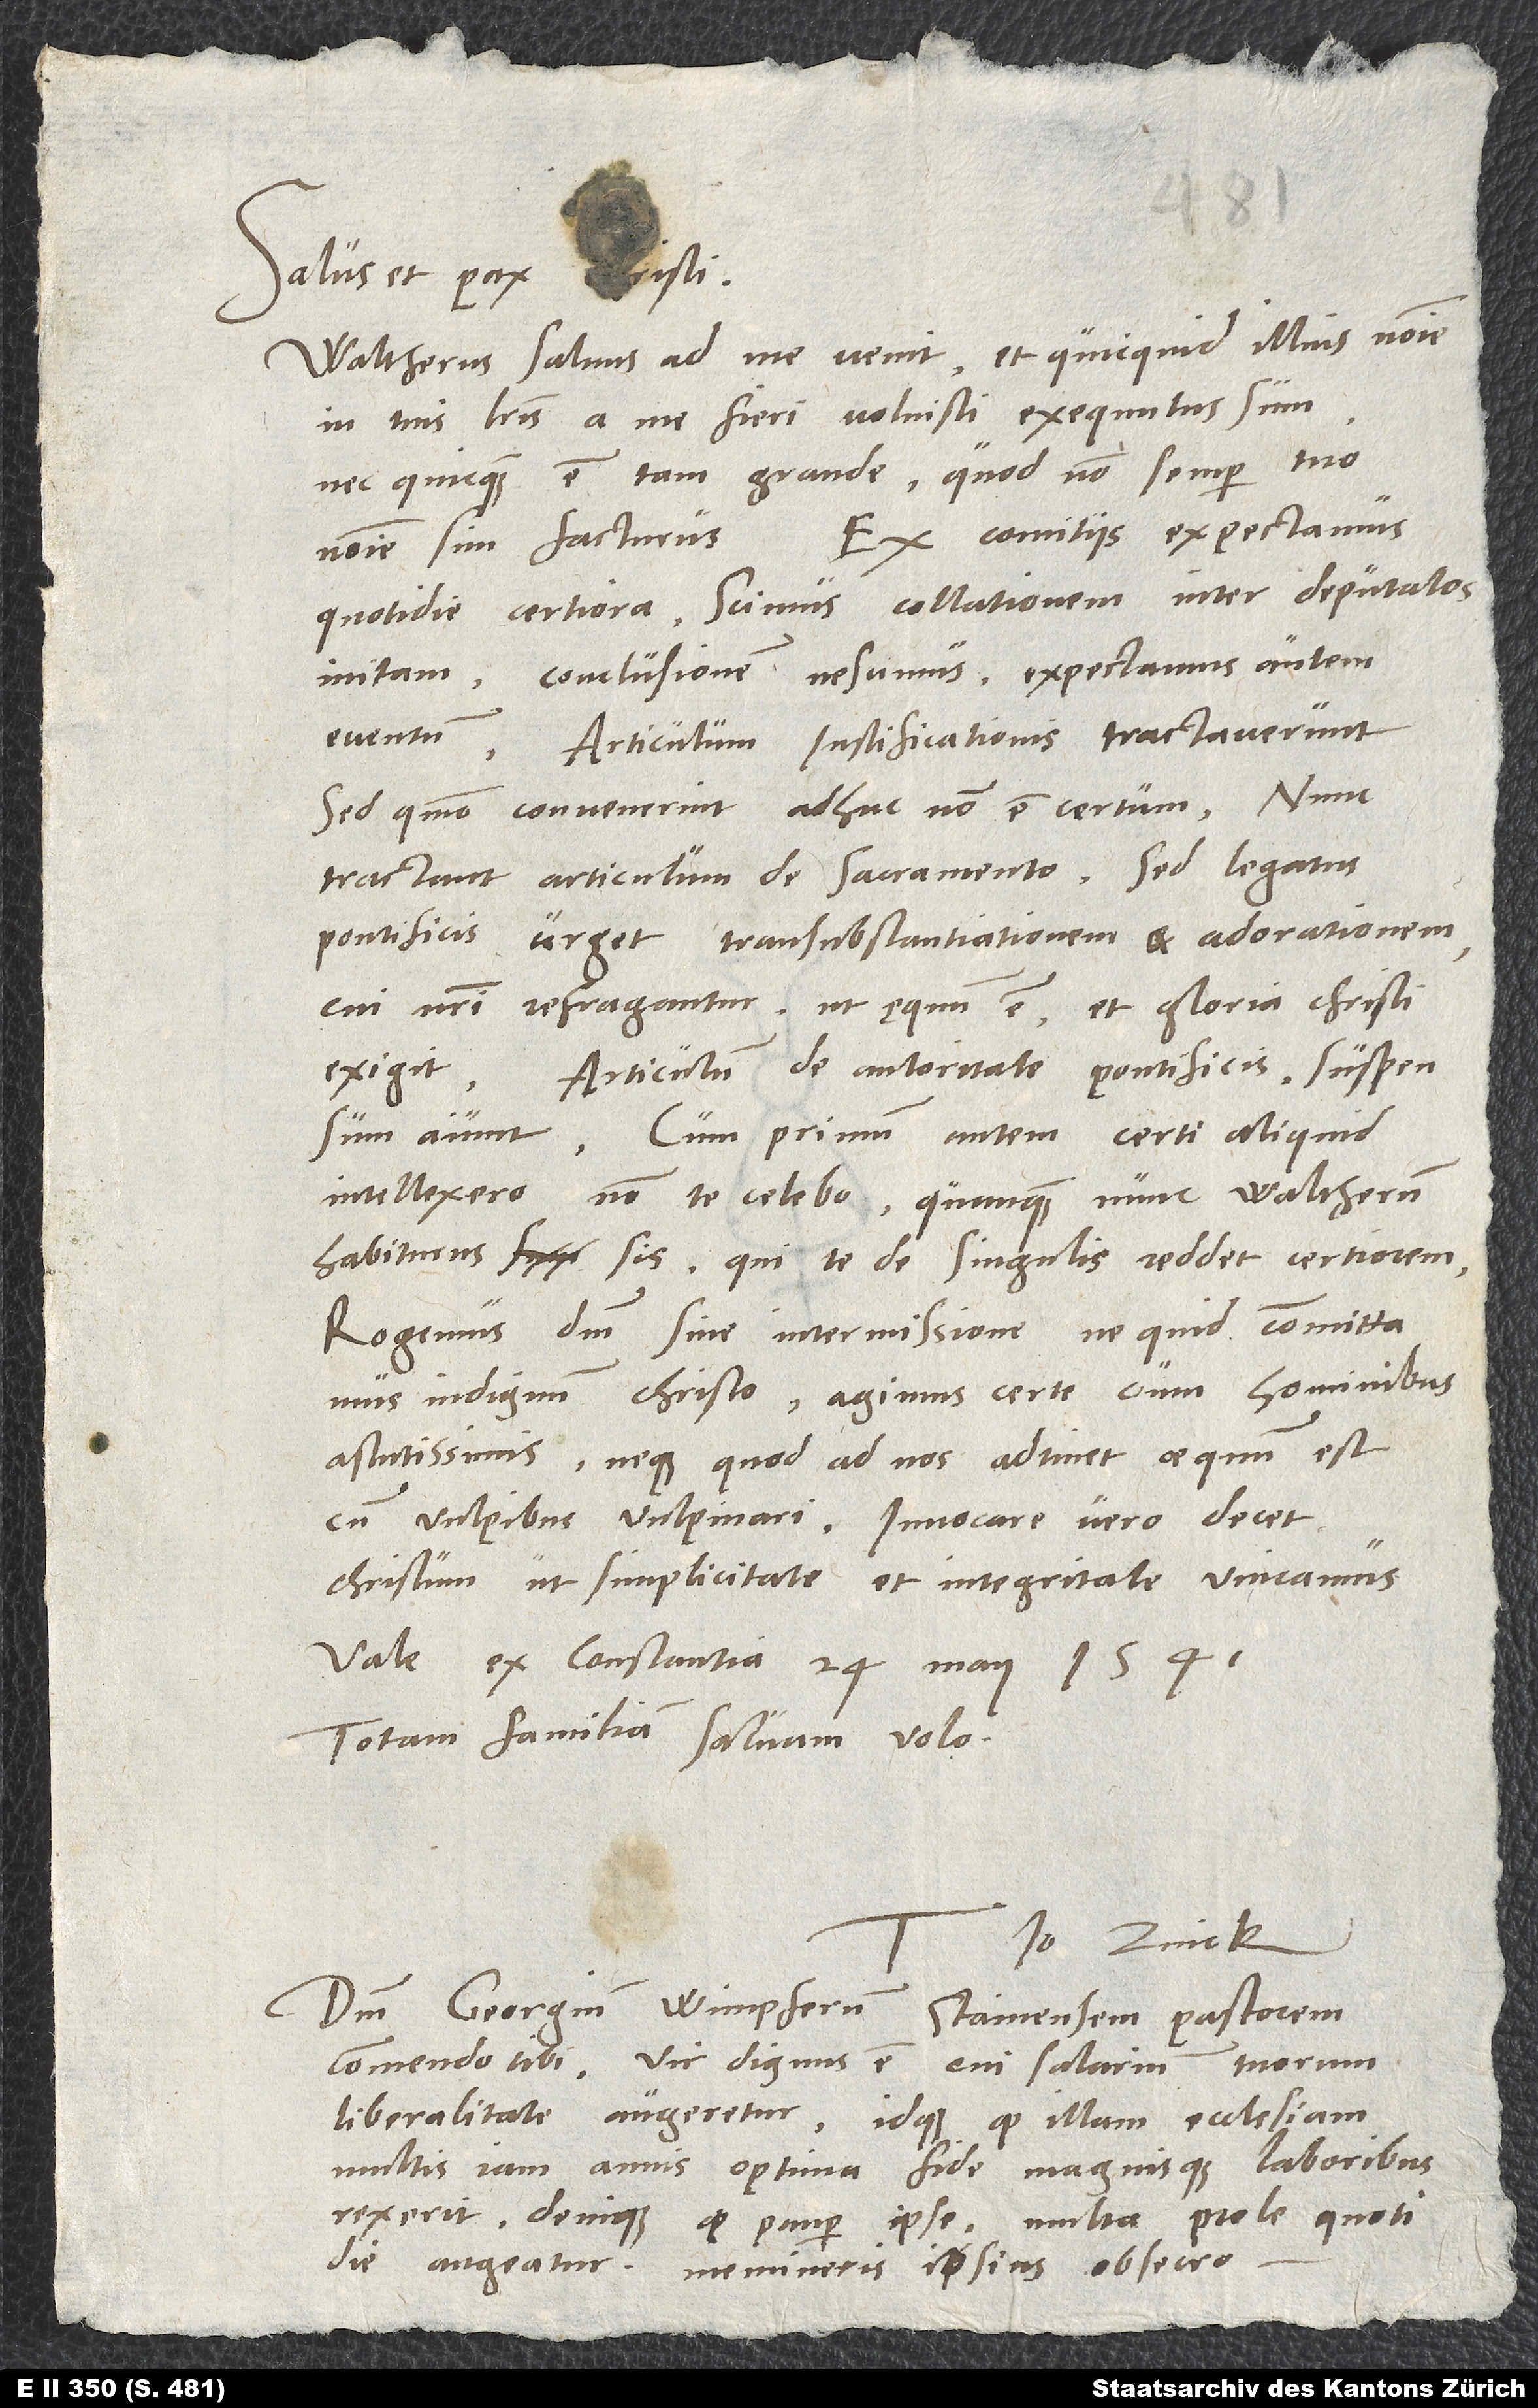
Waltherus salvus ad me venit, et quicquid illius nomine
in tuis literis a me fieri voluisti, exequutus sum,
nec quicquam est tam grande, quod non semper tuo
quotidie certiora. Scimus collationem inter deputatos
initam; conclusionem nescimus, expectamus autem
eventum. Articulum iustificationis tractaverunt,
sed quomodo convenerint, adhuc non est certum. Nunc
tractant articulum de sacramento; sed legatus
pontificis urget transsubstantiationem et adorationem,
cui nostri refragantur, ut ęquum est et gloria Christi
exigit. Articulum de autoritate pontificis suspensum
Cum primum autem certi aliquid
intellexero, non te celabo, quanquam nunc Waltherum
habiturus sis, qui te de singulis reddet certiorem.
Rogemus dominum sine intermissione, ne quid committamus
indignum Christo. Agimus certe cum hominibus
astutissimis neque, quod ad nos adtinet, aequum est
cum vulpibus vulpinari. Invocare vero decet
Christum, ut simplicitate et integritate vincamus.
Ex Constantia, 24. maii 1541.
Totam familiam salvam volo.
Io. Zvick.
Dominum Georgium Wimpferum, Stainensem pastorem,
commendo tibi; vir dignus est, cui salarium tuorum
liberalitate augeretur idque, quod illam ecclesiam
multis iam annis optima fide magnisque laboribus
rexerit, denique, quod pauper ipse multa prole quotidie
augeatur. Memineris ipsius, obsecro.